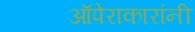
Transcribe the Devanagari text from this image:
ऑपेराकारांनी